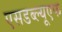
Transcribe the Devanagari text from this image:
एसडब्ल्यूएफ